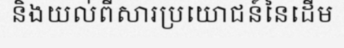
និងយល់ពីសារប្រយោជន៍នៃដើម